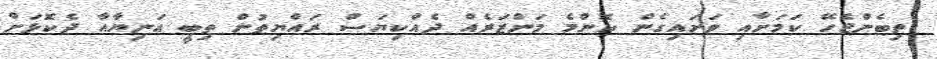
ތިބެންޖެހޭ ކަމަށާއި ވަށައިގެން ކޮންމެ މަންޒަރެއް ދެއްކިޔަސް ރައްޔިތުން ތިބީ އަނިޔާއާ ދެކޮޅަށް